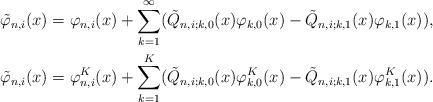
LaTeX: \begin{gather*}\tilde \varphi_{n,i}(x) = \varphi_{n,i}(x) + \sum_{k=1}^\infty (\tilde Q_{n,i; k,0}(x)\varphi_{k,0}(x) - \tilde Q_{n,i; k,1}(x)\varphi_{k,1}(x)), \\\tilde \varphi_{n,i}(x) = \varphi^K_{n,i}(x) + \sum_{k=1}^K (\tilde Q_{n,i; k,0}(x)\varphi^K_{k,0}(x) - \tilde Q_{n,i; k,1}(x)\varphi^K_{k,1}(x)).\end{gather*}